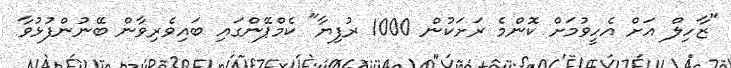
"ޒާހިލް އަށް އެހީވުމަށް ކޮންމެ ރަށަކުން 1000 ރުފިޔާ" ކެމްޕޭންގައި ބައިވެރިވާން ބޭނުންފުޅުވާ